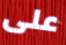
على